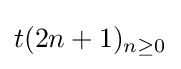
t(2n+1)_{n\geq 0}